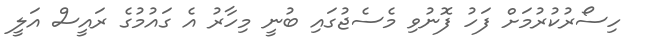
ހިސޯރުކުރުމަށް ފަހު ފޮނުވި މެސެޖުގައި ބުނީ މިހާރު އެ ގައުމުގެ ރައީސް އަލީ